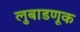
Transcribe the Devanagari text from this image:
लुबाडणूक